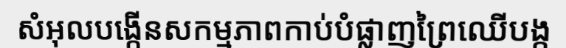
សំអុលបង្កើនសកម្មភាពកាប់បំផ្លាញព្រៃឈើបង្ក